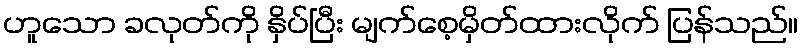
ဟူသော ခလုတ်ကို နှိပ်ပြီး မျက်စေ့မှိတ်ထားလိုက် ပြန်သည်။